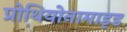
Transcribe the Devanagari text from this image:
प्रोथियोनामाइड